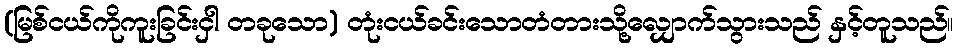
(မြစ်ငယ်ကိုကူးခြင်းငှါ တခုသော) တုံးငယ်ခင်းသောတံတားသို့လျှောက်သွားသည် နှင့်တူသည်။